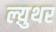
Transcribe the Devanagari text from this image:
ल्य़ुथर